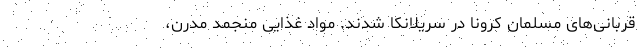
قربانی‌های مسلمان کرونا در سریلانکا شدند. مواد غذایی منجمد مدرن،